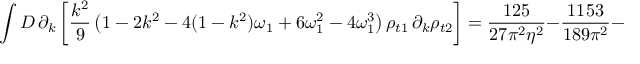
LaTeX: \int { \cal D } \, \partial _ { k } \left[ { \frac { k ^ { 2 } } 9 } \left( 1 - 2 k ^ { 2 } - 4 ( 1 - k ^ { 2 } ) \omega _ { 1 } + 6 \omega _ { 1 } ^ { 2 } - 4 \omega _ { 1 } ^ { 3 } \right) \rho _ { t 1 } \, \partial _ { k } \rho _ { t 2 } \right] = \frac { 1 2 5 } { 2 7 \pi ^ { 2 } \eta ^ { 2 } } - \frac { 1 1 5 3 } { 1 8 9 \pi ^ { 2 } } - \frac { 2 8 9 5 3 6 } { 2 1 8 7 \pi ^ { 4 } }